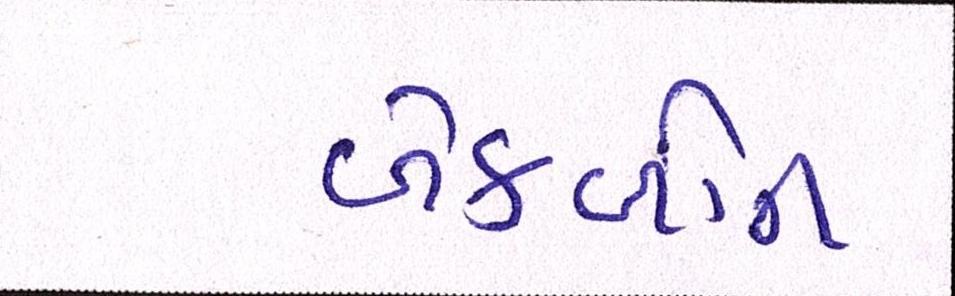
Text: બેકબોન